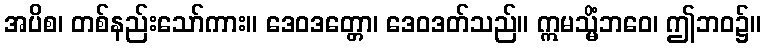
အပိစ၊ တစ်နည်းသော်ကား။ ဒေဝဒတ္တော၊ ဒေဝဒတ်သည်။ ဣမသ္မိံဘဝေ၊ ဤဘဝ၌။